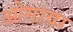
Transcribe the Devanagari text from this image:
ओगावा